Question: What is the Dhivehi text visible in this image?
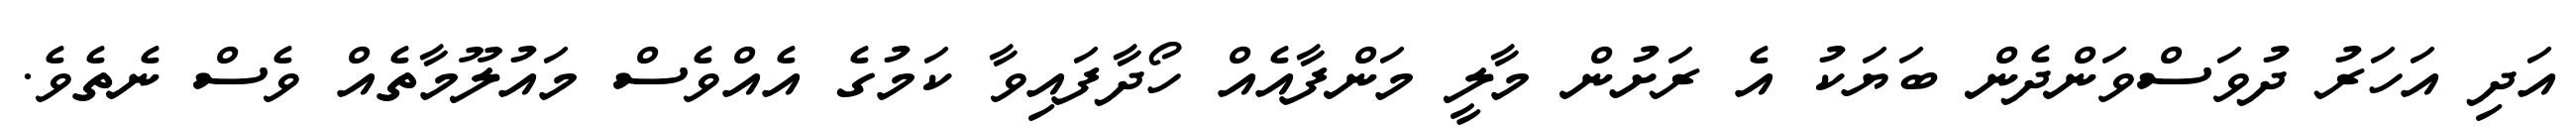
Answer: އަދި އަހަރު ދުވަސްވަންދެން ބަޔަކު އެ ރަށުން މާލީ މަންފާއެއް ހޯދާފައިވާ ކަމުގެ އެއްވެސް މައުލޫމާތެއް ވެސް ނެތެވެ.